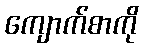
ကျောက်စာကို